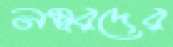
নম্বরদের